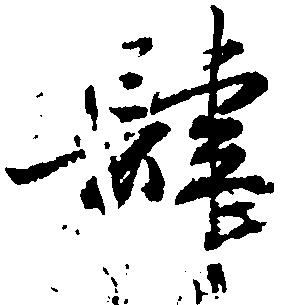
肆